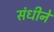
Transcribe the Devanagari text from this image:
संधीने